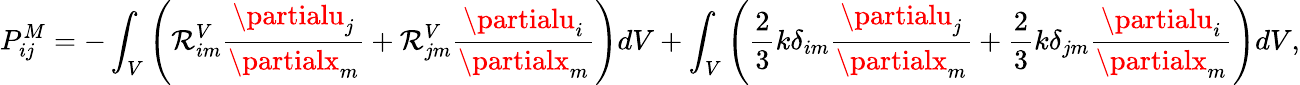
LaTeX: P_{ij}^{M}=-\int_{V}\left(\mathcal{R}_{im}^{V}\frac{{\partialu_{j}}}{{\partialx_{m}}}+\mathcal{R}_{jm}^{V}\frac{{\partialu_{i}}}{{\partialx_{m}}}\right)dV+\int_{V}\left(\frac{{2}}{{3}}k\delta_{im}\frac{{\partialu_{j}}}{{\partialx_{m}}}+\frac{{2}}{{3}}k\delta_{jm}\frac{{\partialu_{i}}}{{\partialx_{m}}}\right)dV,